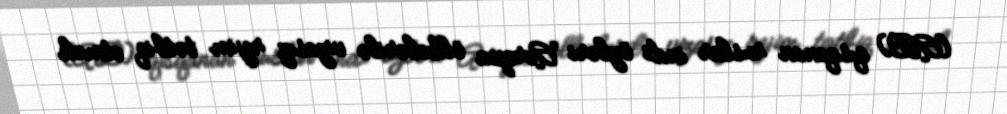
(AB) qısqanan ruslar indi özləri Avropa ölkələrilə vizasız rejim tətbiq etmək